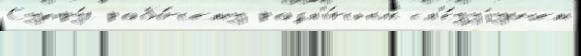
Супру́г рабо́чему разл'и́чных сл'е́дуjущем